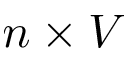
n \times V